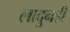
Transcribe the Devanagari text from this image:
लादुनही